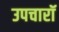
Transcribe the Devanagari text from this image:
उपचारॉ